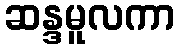
ဆန္ဒမူလကာ